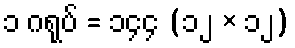
၁ ဂရုပ် = ၁၄၄ (၁၂ × ၁၂)